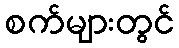
စက်များတွင်